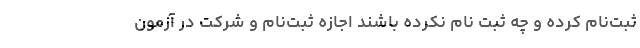
ثبت‌نام کرده و چه ثبت نام نکرده باشند اجازه ثبت‌نام و شرکت در آزمون